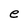
Character: e